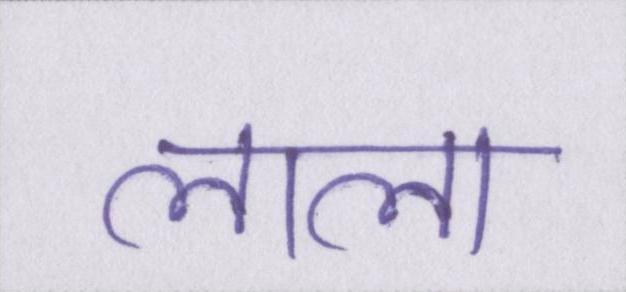
लाला